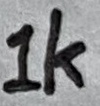
Text: 1K